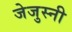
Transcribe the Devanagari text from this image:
जेजुस्नी